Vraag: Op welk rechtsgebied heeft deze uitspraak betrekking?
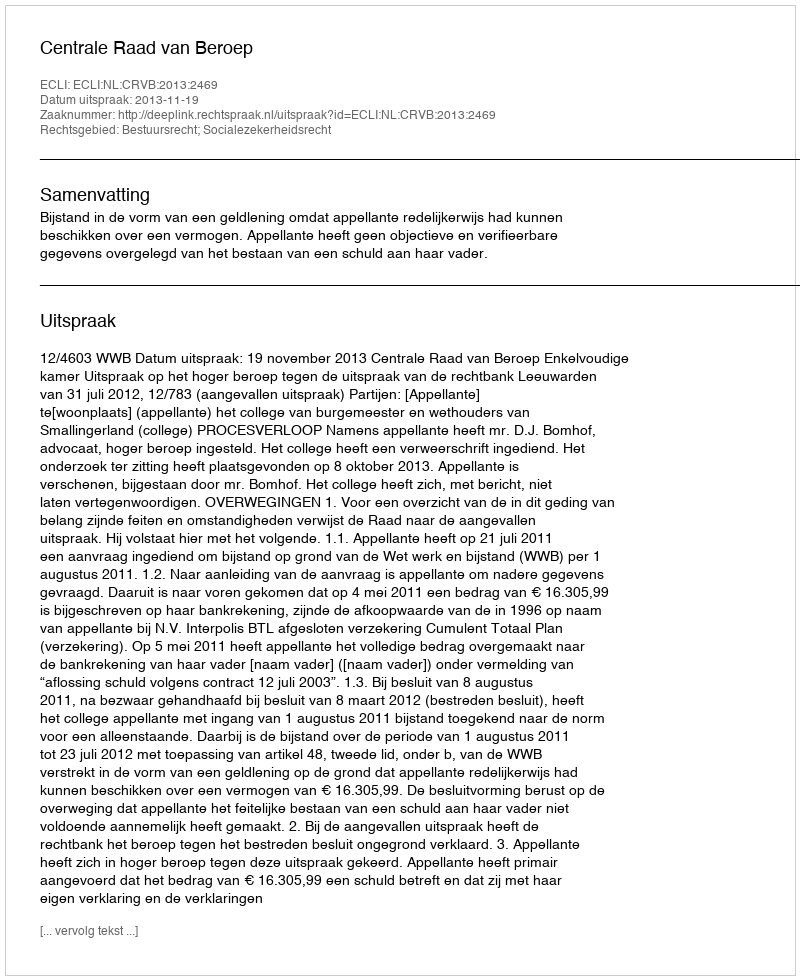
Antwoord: Bestuursrecht; Socialezekerheidsrecht